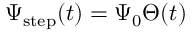
\Psi _ { \mathrm { s t e p } } ( t ) = \Psi _ { 0 } \Theta ( t )